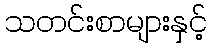
သတင်းစာများနှင့်